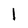
Character: l